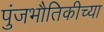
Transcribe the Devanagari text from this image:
पुंजभौतिकीच्या